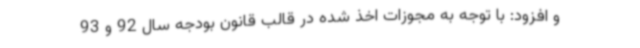
و افزود: با توجه به مجوزات اخذ شده در قالب قانون بودجه سال‌ 92 و 93